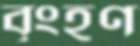
বৃংহণ